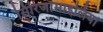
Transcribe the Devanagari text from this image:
सिरिंजोमाइलिया